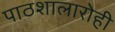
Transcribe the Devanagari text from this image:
पाठशालारोही